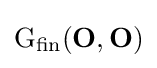
{\text{G}}_{\text{fin}}(\mathbf {O} ,\mathbf {O} )